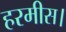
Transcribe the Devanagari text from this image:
हरमीस।